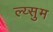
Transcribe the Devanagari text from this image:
ल्य्सुम